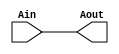
// Copyright (C) 2018  Intel Corporation. All rights reserved.
// Your use of Intel Corporation's design tools, logic functions 
// and other software and tools, and its AMPP partner logic 
// functions, and any output files from any of the foregoing 
// (including device programming or simulation files), and any 
// associated documentation or information are expressly subject 
// to the terms and conditions of the Intel Program License 
// Subscription Agreement, the Intel Quartus Prime License Agreement,
// the Intel FPGA IP License Agreement, or other applicable license
// agreement, including, without limitation, that your use is for
// the sole purpose of programming logic devices manufactured by
// Intel and sold by Intel or its authorized distributors.  Please
// refer to the applicable agreement for further details.

// PROGRAM		"Quartus Prime"
// VERSION		"Version 18.1.0 Build 625 09/12/2018 SJ Lite Edition"
// CREATED		"Thu Nov 05 11:47:13 2020"

module SameBit(
	Ain,
	Aout
);


input wire	Ain;
output wire	Aout;


assign	Aout = Ain;




endmodule